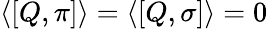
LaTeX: \langle[Q,\pi]\rangle=\langle[Q,\sigma]\rangle=0